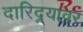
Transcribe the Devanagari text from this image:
दारिद्र्यावर